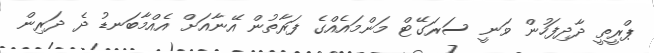
ޕްރީތީ ދާދިފަހުން ވަނީ ސަރަގޭޓް މަންމައެއްގެ ފަރާތުން އޭނާއަށް އެއްމާބަނޑު ދެ ދަރިން